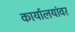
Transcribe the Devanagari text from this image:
कार्यालयांवर